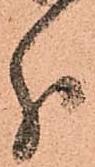
分